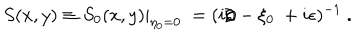
LaTeX: S ( x , y ) \equiv \left. S _ { 0 } ( x , y ) \right| _ { \eta _ { 0 } = 0 } ~ = ( i { \rlap / \partial } - \xi _ { 0 } ~ + i \epsilon ) ^ { - 1 } ~ .